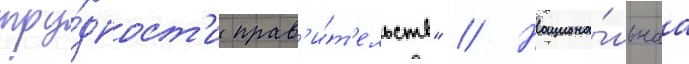
тру́дност'и прав'и́т'ельств" // Национа́льнаа